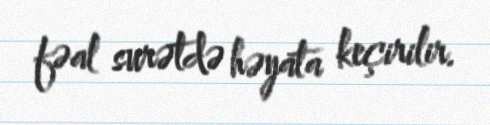
fəal surətdə həyata keçirilir.